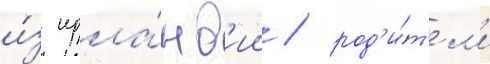
и́з ирла́нд'ии / род'и́т'ел'и